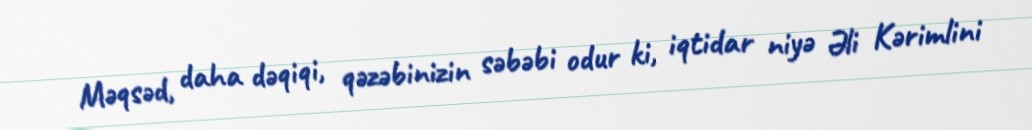
Məqsəd, daha dəqiqi, qəzəbinizin səbəbi odur ki, iqtidar niyə Əli Kərimlini